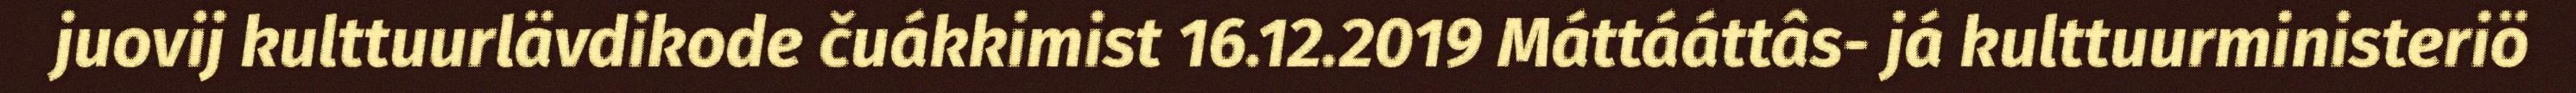
juovij kulttuurlävdikode čuákkimist 16.12.2019 Máttááttâs- já kulttuurministeriö